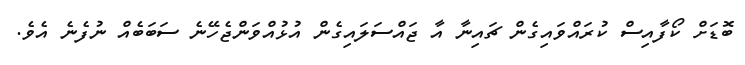
ބޮޑަށް ކޯފާއިސް ކުރައްވައިގެން ޗައިނާ އާ ޖައްސަލައިގެން އުޅުއްވަންޖެހޭނެ ސަބަބެއް ނުފެނެ އެވެ.